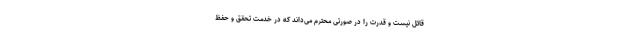
قائل نیست و قدرت را در صورتی محترم می‌داند که در خدمت تحقق و حفظ